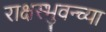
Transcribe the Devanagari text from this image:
राक्षस्भुवन्च्या